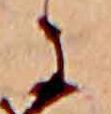
に